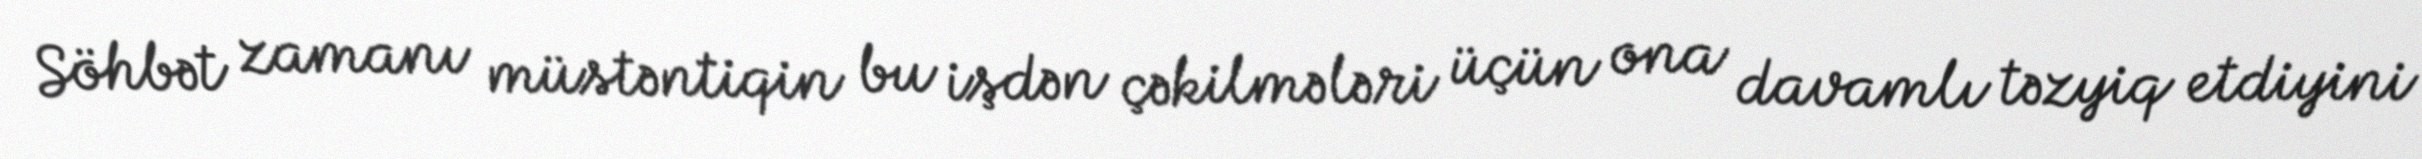
Söhbət zamanı müstəntiqin bu işdən çəkilmələri üçün ona davamlı təzyiq etdiyini